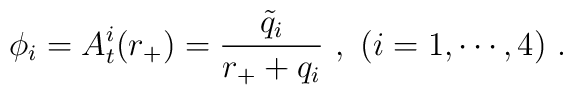
\phi_i=A^i_t(r_+)={{\tilde q_i}\over {r_+ +q_i}} \ , \ (i=1,\cdots, 4)\ .